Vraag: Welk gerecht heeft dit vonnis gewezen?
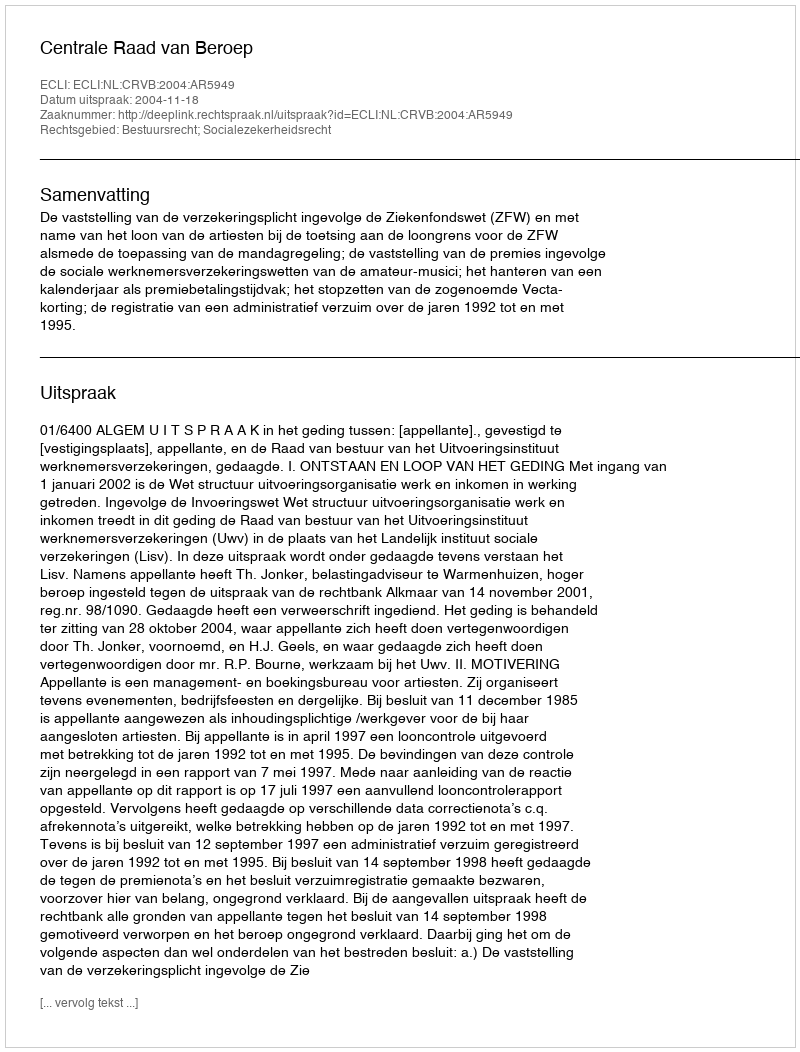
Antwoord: Centrale Raad van Beroep